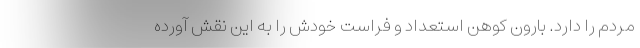
مردم را دارد. بارون کوهن استعداد و فراست خودش را به این نقش آورده